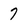
Character: 7